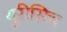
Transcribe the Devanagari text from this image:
युरीसिच